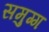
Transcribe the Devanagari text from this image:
समुग्ग